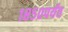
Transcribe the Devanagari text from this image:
१८५०पर्यंत